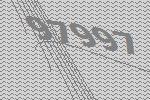
97997